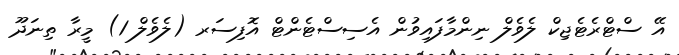
އޭ ސްޓްރެޓެޖިކް ލެވެލް ނިންމާފައިވުން އެސިސްޓެންޓް އޮފިސަރ (ލެވެލް 1) މީރާ ތިނަދޫ